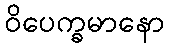
ဝိပေက္ခမာနော